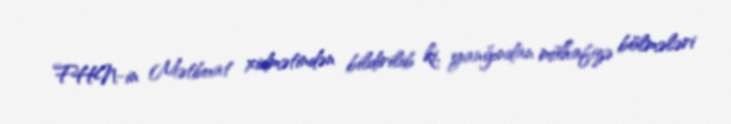
FHN-in Mətbuat xidmətindən bildirilib ki, yanğından mühafizə bölmələri